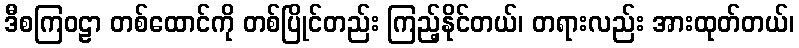
ဒီစကြဝဠာ တစ်ထောင်ကို တစ်ပြိုင်တည်း ကြည့်နိုင်တယ်၊ တရားလည်း အားထုတ်တယ်၊